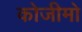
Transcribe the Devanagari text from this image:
कोजीमो